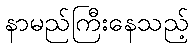
နာမည်ကြီးနေသည့်